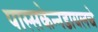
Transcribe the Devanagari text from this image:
पास्सकेन्नडायलचे